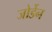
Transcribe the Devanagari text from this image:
जोर्डेन